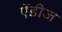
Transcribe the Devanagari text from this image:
ऐंडीज